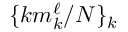
\{ k m _ { k } ^ { \ell } / N \} _ { k }